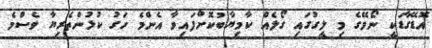
އޮޑޭގާޑަކީ ނޯވޭގެ މި ލީގުގައި ގޯލެއް ކާމިޔާބުކޮށްފައިވާ އެންމެ ހަގު ކުޅުންތެރިޔާ ވެސްމެ